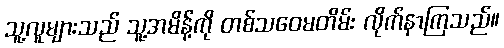
သူ့လူများသည် သူ့အမိန့်ကို တစ်သဝေမတိမ်း လိုက်နာကြသည်။